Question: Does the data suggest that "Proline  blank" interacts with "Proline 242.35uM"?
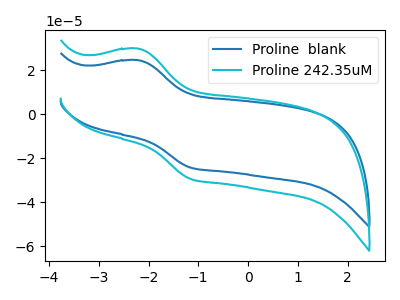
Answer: <think>The blue curve "Proline  blank" has an anodic peak at (-2.20V, 24.65uA) and a cathodic peak at (-1.15V, -24.15uA). The cyan curve "Proline 242.35uM" has an anodic peak at (-2.20V, 29.90uA) and a cathodic peak at (-1.15V, -29.30uA).
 All the peaks in "Proline  blank" have a peak in "Proline 242.35uM" at the same potential. Every peak in "Proline  blank" is lower than every peak in "Proline 242.35uM".</think>
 <answer>No, "Proline  blank" and "Proline 242.35uM" don't appear to be significantly different in shape</answer>
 <eval>no_change</eval>